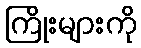
ကြိုးများကို